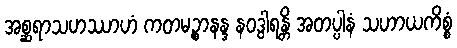
အစ္ဆရာသဟဿာဟံ ကတမဉ္စာနန္ဒ နဝဒွါရန္တိ အတပ္ပါနံ သဟာယကိစ္စံ